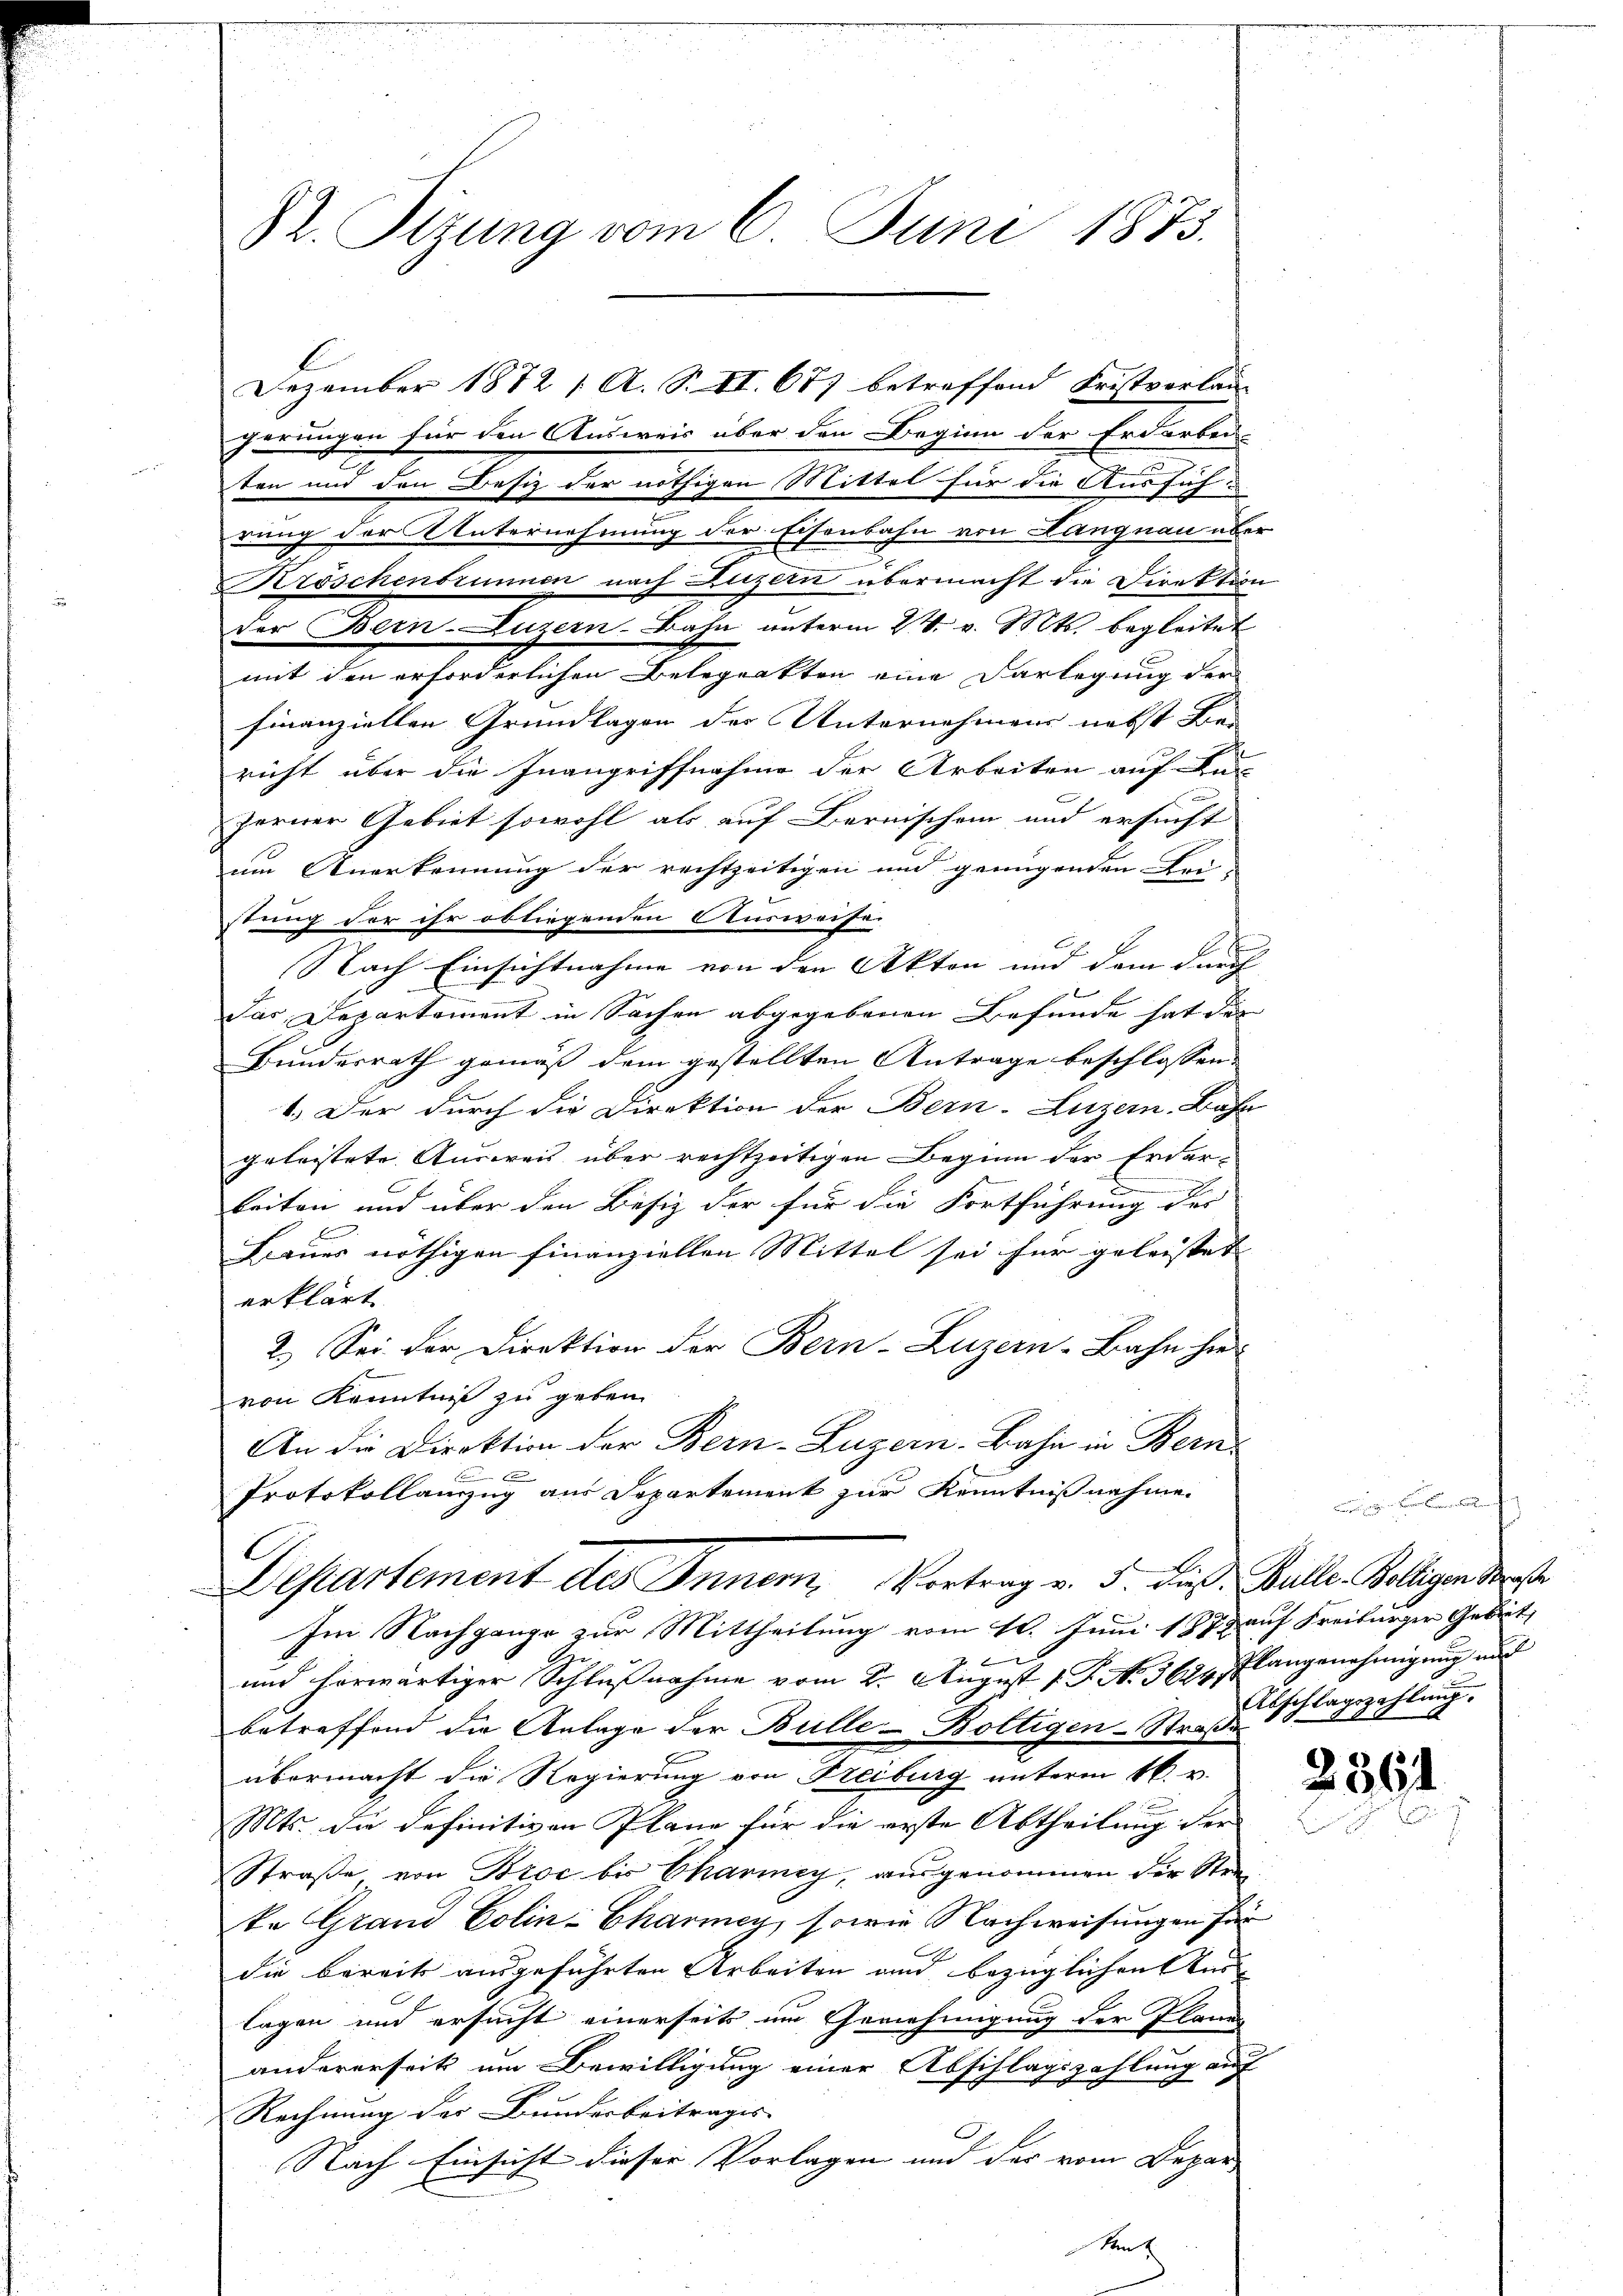
S. Tizung vom 6. Juni 1873.

gerungen für den Ausweis über den Beginn der Erdarben
t
ten und den Besitz der nöthigen Mittel für die Ausfüh
rung der Unternehmung der Eisenbahn von Hangnau über
Kröschenbrunnen nach Luzern übermacht die Direktion
der Bern-Luzern. Bahn unterm 24. v. Mts. begleitet
mit den erforderlichen Belegrakten eine Darlegung der
finanziellen Grundlagen des Unternehmens nebst Be-
richt über die Inangriffnahme der Arbeiten auf kün
zerner Gebiet sowohl als auf Bernischen und ersucht
um Anerkennung der rechtzeitigen und genügenden Bei-
stung der ihr obliegenden Ausweise
t
Nach Einsichtnahme von den Akten und dem durch
Jas Departement in Sachen abgegebenen Befunde hat der
Bundesrath gemäß dem gestellten Antrage beschlossen:
41. Der durch die Direktion der Bern-Luzern, Bahn
geleistete Ausweis über rechtzeitigen Beginn der Erder¬
2
keiten und über den Besiz der für die Fortführung das
Baues nöthigen finanziellen Mittel sei für geleistet |
erklärt
2.) Sei der Direktion der Bern-Luzern-Bahn hie-
von Kenntniß zu geben.
An die Direktion der Bern-Luzern. Bahn in Bern
 xx
Protokollanzug aus Departement zur Kenntnißnahme.
Departement des Innern, Vortrag v. 5. dieß. Bulle Belligen Straße
Im Nachgange zur Mittheilung vom 10. Juni 1878 auf Freiburger Gebiet
und herwärtiger Schlŭβnahme vom 2. August 1 J. N. 3624, Plangenehmigung und
betreffend die Anlage der Bulle-Boltigen-Straße.
übermacht die Regierung von Freiburg unterm 16. u.
Mts. die definitiven Plane für die erste Abtheilung der
Straße, von Broc bis Chariney, ausgenommen der Stei
ke Grand Colin-Charmey, sowie Nachweisungen für
die bereits ausgeführten Arbeiten und bezüglichen Aus-
lagen und ersucht einerseits im Genehmigung der Planen
andererseit um Bewilligung einer Abschlagszahlung auf
Rechnung der Bunderbeitrages
Nach Einsicht dieser Vorlagen und der vom Depar- |

Dezember 1872 1 A. S. II. 677 betreffend Fristverlan-

Sent

.
Abschlagszahlung.

236/